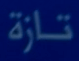
تازة